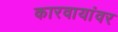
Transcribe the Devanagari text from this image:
कारवायांवर